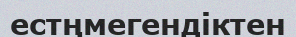
естңмегендіктен